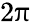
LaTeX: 2\uppi